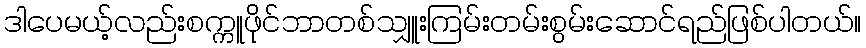
ဒါပေမယ့်လည်းစက္ကူဖိုင်ဘာတစ်သျှူးကြမ်းတမ်းစွမ်းဆောင်ရည်ဖြစ်ပါတယ်။